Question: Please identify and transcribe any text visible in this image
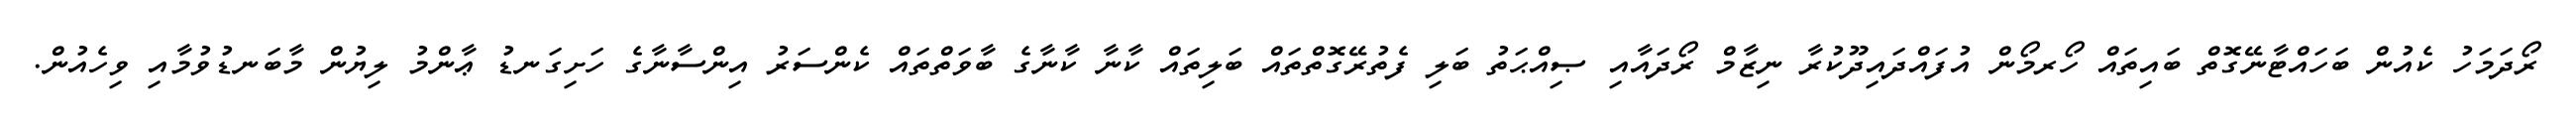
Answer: ރޯދަމަހު ކެއުން ބަހައްޓާނޭގޮތް ބައިތައް ހޯރމޯން އުފައްދައިދޫކުރާ ނިޒާމް ރޯދައާއި ޞިއްޙަތު ބަލި ފެތުރޭގޮތްތައް ބަލިތައް ކާނާ ކާނާގެ ބާވަތްތައް ކެންސަރު އިންސާނާގެ ހަށިގަނޑު ޢާންމު ލިޔުން މާބަނޑުވުމާއި ވިހެއުން.